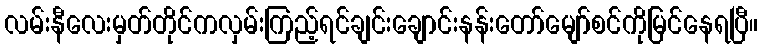
လမ်းနီလေးမှတ်တိုင်ကလှမ်းကြည့်ရင်ချင်းချောင်းနန်းတော်မျော်စင်ကိုမြင်နေရပြီ။